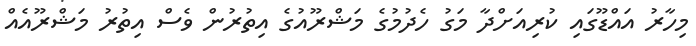
މިހާރު އައްޑޫގައި ކުރިއަށްދާ މަގު ހެދުމުގެ މަޝްރޫއުގެ އިތުރުން ވެސް އިތުރު މަޝްރޫއެއް